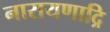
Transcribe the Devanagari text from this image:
नारायणाद्रि